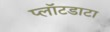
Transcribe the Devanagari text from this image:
प्लॉटडाटा